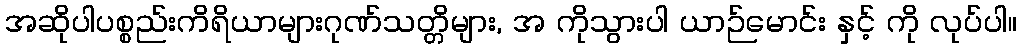
အဆိုပါပစ္စည်းကိရိယာများဂုဏ်သတ္တိများ, အ ကိုသွားပါ ယာဉ်မောင်း နှင့် ကို လုပ်ပါ။